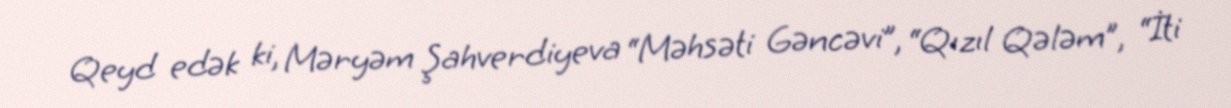
Qeyd edək ki, Məryəm Şahverdiyeva “Məhsəti Gəncəvi”, “Qızıl Qələm”, “İti